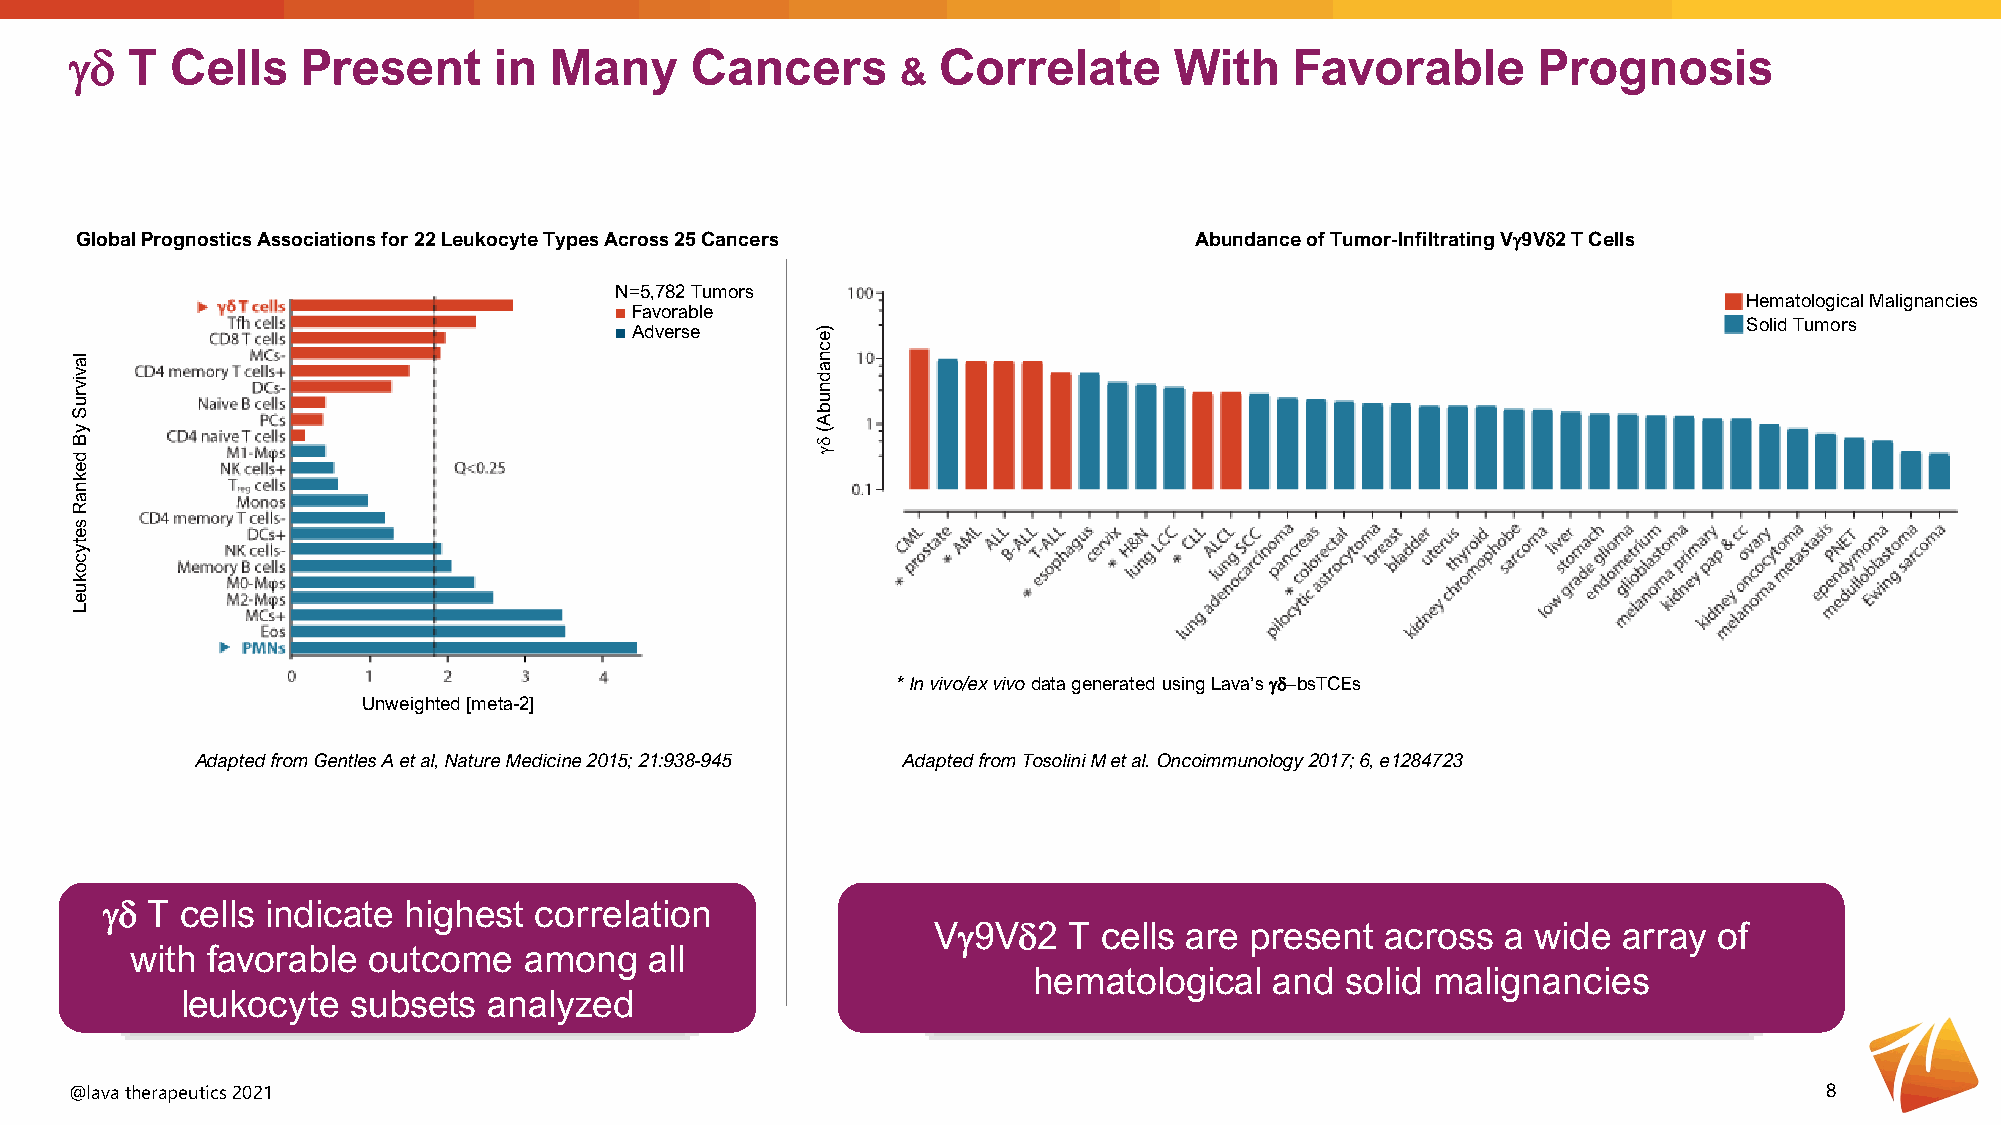
γδ T  Cells    Present      in Many      Cancers         Correlate       With    Favorable       Prognosis
 &
 Global Prognostics Associations for 22 Leukocyte Types Across 25 Cancers  Abundance of Tumor-Infiltrating Vγ9Vδ2 T Cells
 N=5,782 Tumors
 Hematological Malignancies
 ■Favorable
 Solid Tumors
 ■Adverse
 * In vivo/ex vivo data generated using Lava’s γδ−bsTCEs
 Unweighted [meta-2]
 Adapted from Gentles A et al, Nature Medicine 2015; 21:938-945 Adapted from TosoliniM et al. Oncoimmunology2017; 6, e1284723
 γδ T cells indicate highest correlation
 Vγ9Vδ2   T cells are present  across  a wide array  of
 with favorable outcome    among   all
 hematological   and  solid malignancies
 leukocyte  subsets  analyzed
 @lava therapeutics 2021                                                                                             8
 lavivruS
 yB
 deknaR
 setycokueL
 )ecnadnubA(δγ